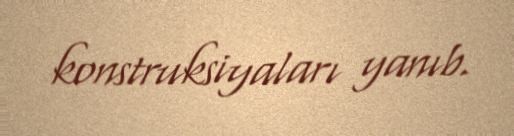
konstruksiyaları yanıb.